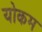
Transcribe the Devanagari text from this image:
योकम